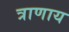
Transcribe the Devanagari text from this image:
त्राणाय